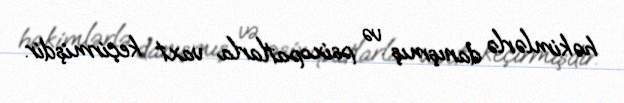
həkimlərlə danışmış və psixopatlarla vaxt keçirmişdir.